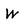
Character: w